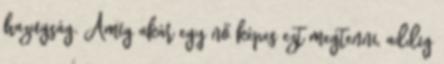
hazugság. Amíg akár egy nő képes ezt megtenni, addig